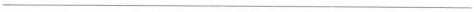
___